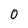
Character: 0